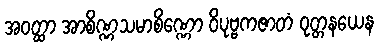
အဝတ္ထာ အာစိဏ္ဏသမာစိဏ္ဏော ဝိပုဗ္ဗကဇာတံ ဝုတ္တနယေန